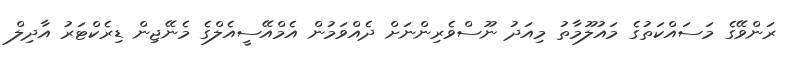
ރަންވޭގެ މަސައްކަތުގެ މައުލޫމާތު މިއަދު ނޫސްވެރިންނަށް ދެއްވަމުން އެމްއޭސީއެލްގެ މެނޭޖިން ޑިރެކްޓަރު އާދިލް